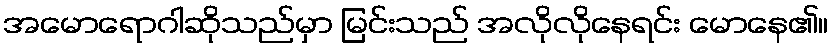
အမောရောဂါဆိုသည်မှာ မြင်းသည် အလိုလိုနေရင်း မောနေ၏။